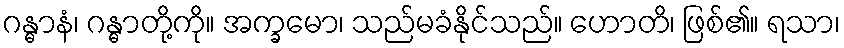
ဂန္ဓာနံ၊ ဂန္ဓာတို့ကို။ အက္ခမော၊ သည်မခံနိုင်သည်။ ဟောတိ၊ ဖြစ်၏။ ရသာ၊